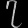
Digit: ၇